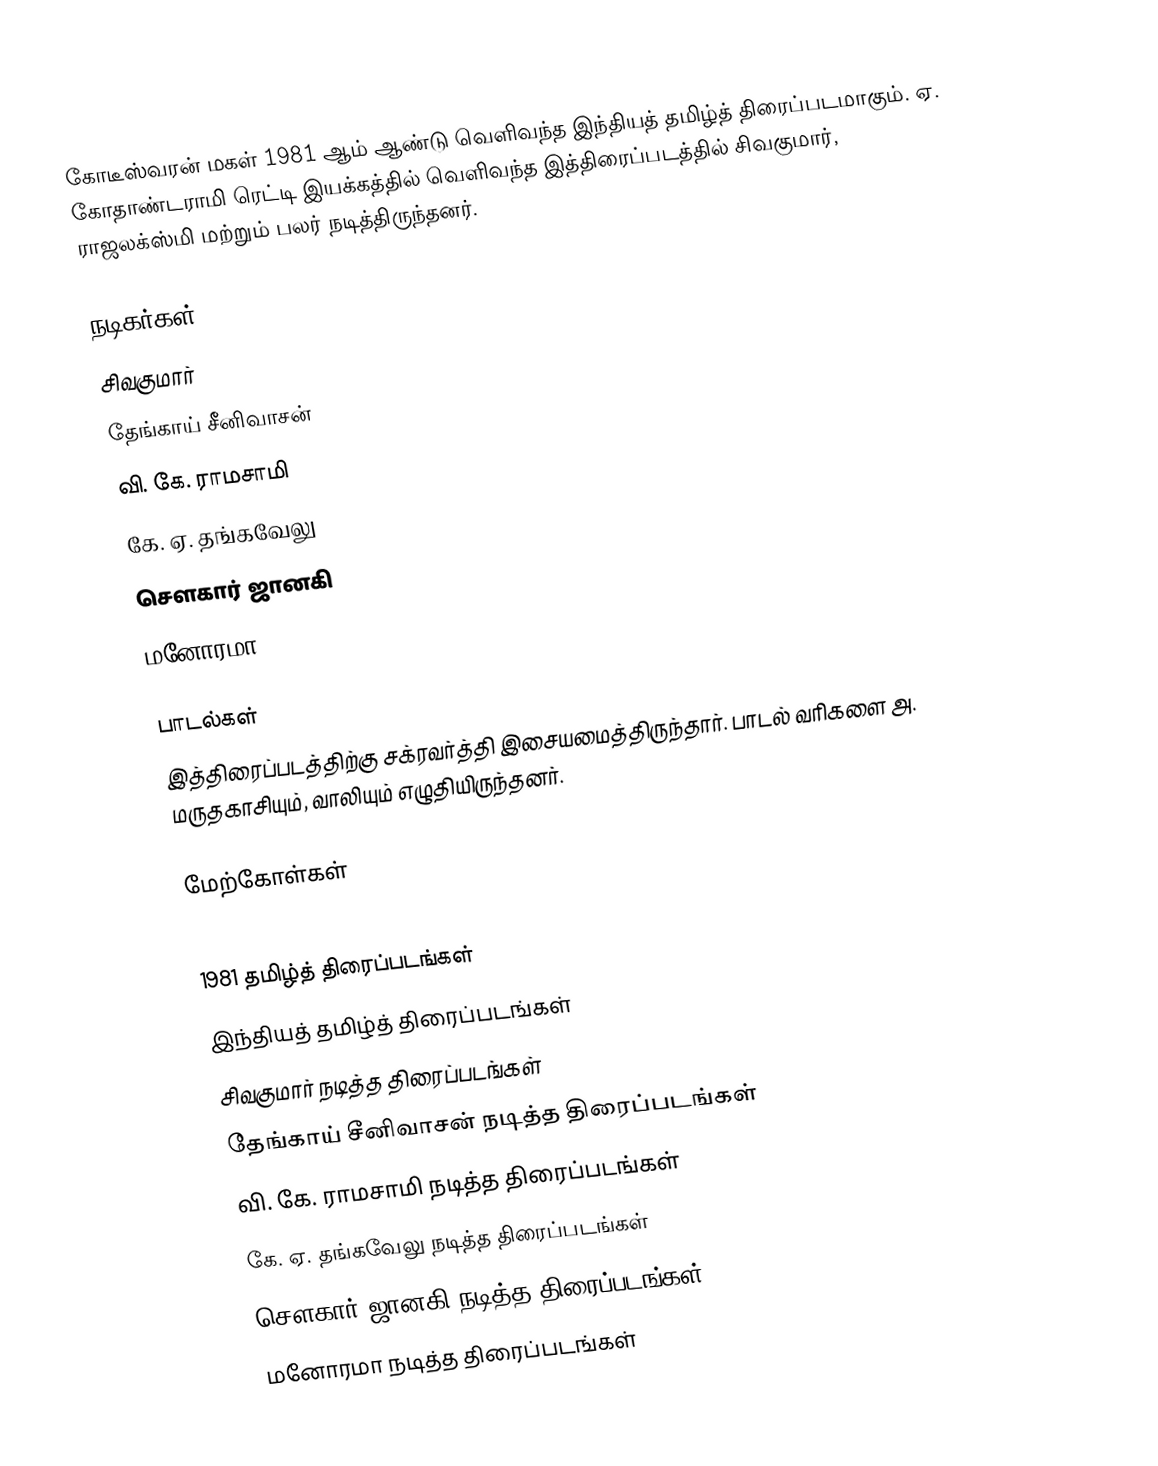
கோடீஸ்வரன் மகள் 1981 ஆம் ஆண்டு வெளிவந்த இந்தியத் தமிழ்த் திரைப்படமாகும். ஏ. கோதாண்டராமி ரெட்டி இயக்கத்தில் வெளிவந்த இத்திரைப்படத்தில் சிவகுமார், ராஜலக்ஸ்மி மற்றும் பலர் நடித்திருந்தனர்.

நடிகர்கள்
 சிவகுமார்
 தேங்காய் சீனிவாசன்
 வி. கே. ராமசாமி
 கே. ஏ. தங்கவேலு
 சௌகார் ஜானகி
 மனோரமா

பாடல்கள்
இத்திரைப்படத்திற்கு சக்ரவர்த்தி இசையமைத்திருந்தார். பாடல் வரிகளை அ. மருதகாசியும், வாலியும் எழுதியிருந்தனர்.

மேற்கோள்கள்

1981 தமிழ்த் திரைப்படங்கள்
இந்தியத் தமிழ்த் திரைப்படங்கள்
சிவகுமார் நடித்த திரைப்படங்கள்
தேங்காய் சீனிவாசன் நடித்த திரைப்படங்கள்
வி. கே. ராமசாமி நடித்த திரைப்படங்கள்
கே. ஏ. தங்கவேலு நடித்த திரைப்படங்கள்
சௌகார் ஜானகி நடித்த திரைப்படங்கள்
மனோரமா நடித்த திரைப்படங்கள்